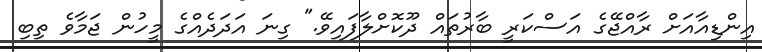
އިންޑިއާއަށް ރާއްޖޭގެ އަސްކަރީ ބާރުތައް ދޫކޮށްލާފައިވޭ." ގިނަ އަދަދެއްގެ މީހުން ޖަމާވެ ތިބި